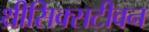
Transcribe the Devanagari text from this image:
थ्रीसिक्सटीवन